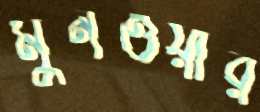
মুনওয়ার